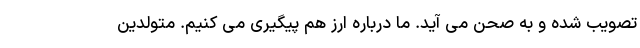
تصویب شده و به صحن می آید. ما درباره ارز هم پیگیری می کنیم. متولدین